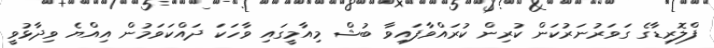
ފްލޮރިޑާގެ ގަވަރުނަރުކަން ކުރިން ކުރައްވާފައިވާ ބުޝް މިއާމީގައި ވާހަކަ ދައްކަވަމުން އިއްޔެ ވިދާޅުވީ